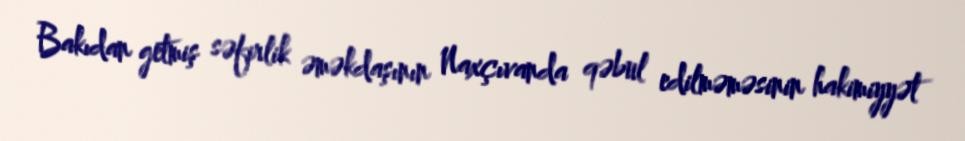
Bakıdan getmiş səfirlik əməkdaşının Naxçıvanda qəbul edilməməsinin hakimiyyət